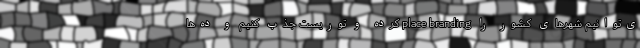
ی‌توانیم شهرهای کشور را place branding کرده و توریست جذب کنیم و ده‌ها